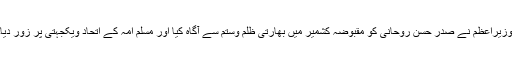
وزیراعظم نے صدر حسن روحانی کو مقبوضہ کشمیر میں بھارتی ظلم وستم سے آگاہ کیا اور مسلم امہ کے اتحاد ویکجہتی پر زور دیا۔